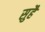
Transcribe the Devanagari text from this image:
सुहै